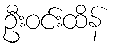
ဦးဝင်းထိန်